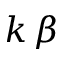
k \, \beta